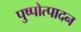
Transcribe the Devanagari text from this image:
पुष्पोत्पादन